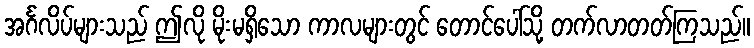
အင်္ဂလိပ်များသည် ဤလို မိုးမရှိသော ကာလများတွင် တောင်ပေါ်သို့ တက်လာတတ်ကြသည်။